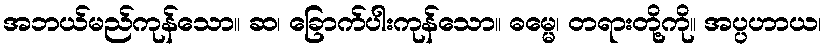
အဘယ်မည်ကုန်သော။ ဆ၊ ခြောက်ပါးကုန်သော။ ဓမ္မေ၊ တရားတို့ကို။ အပ္ပဟာယ၊